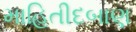
માહિતીદબાણ